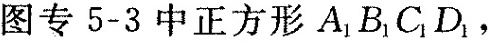
图专 5-3 中正方形A_{1}B_{1}C_{1}D_{1}，